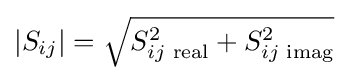
|S_{ij}|={\sqrt {S_{ij{\text{ real}}}^{2}+S_{ij{\text{ imag}}}^{2}}}